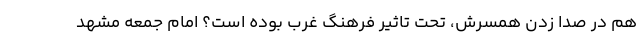
هم در صدا زدن همسرش، تحت تاثیر فرهنگ غرب بوده است؟ امام جمعه مشهد